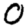
Digit: 0